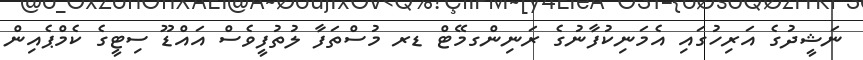
ނަޝީދުގެ އަރިހުގައި އެމަނިކުފާނުގެ ރަނިންގމޭޓް ޑރ މުސްތަފާ ލުތުފީވެސް އައްޑޫ ސިޓީގެ ކެމްޕެއިން